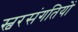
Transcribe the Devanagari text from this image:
स्वरसंगतियों